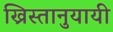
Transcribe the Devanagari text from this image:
ख्रिस्तानुयायी